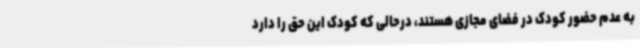
به عدم حضور کودک در فضای مجازی هستند، درحالی که کودک این حق را دارد